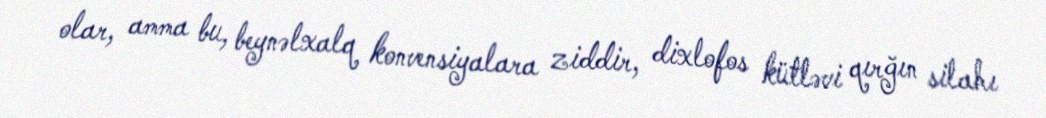
olar, amma bu, beynəlxalq konvensiyalara ziddir, dixlofos kütləvi qırğın silahı